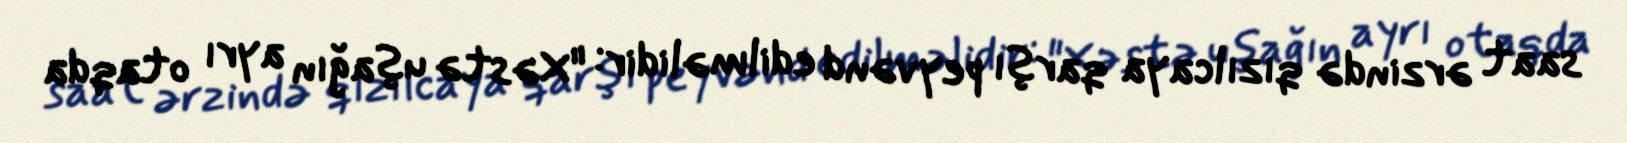
saat ərzində qızılcaya qarşı peyvənd edilməlidir: "Xəstə uşağın ayrı otaqda